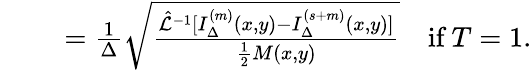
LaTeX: \begin{array}{rl}{\quad}&{{}=\frac{1}{\Delta}\sqrt{\frac{\hat{\mathcal{L}}^{-1}[I_{\Delta}^{(m)}(x,y)-I_{\Delta}^{(s+m)}(x,y)]}{\frac{1}{2}M(x,y)}}\quad\textrm{if~}T=1.}\end{array}